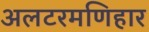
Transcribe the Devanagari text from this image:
अलटरमणिहार